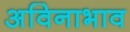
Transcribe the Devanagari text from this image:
अविनाभाव